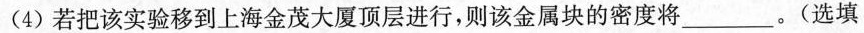
(4)若把该实验移到上海金茂大厦顶层进行，则该金属块的密度将___。(选填